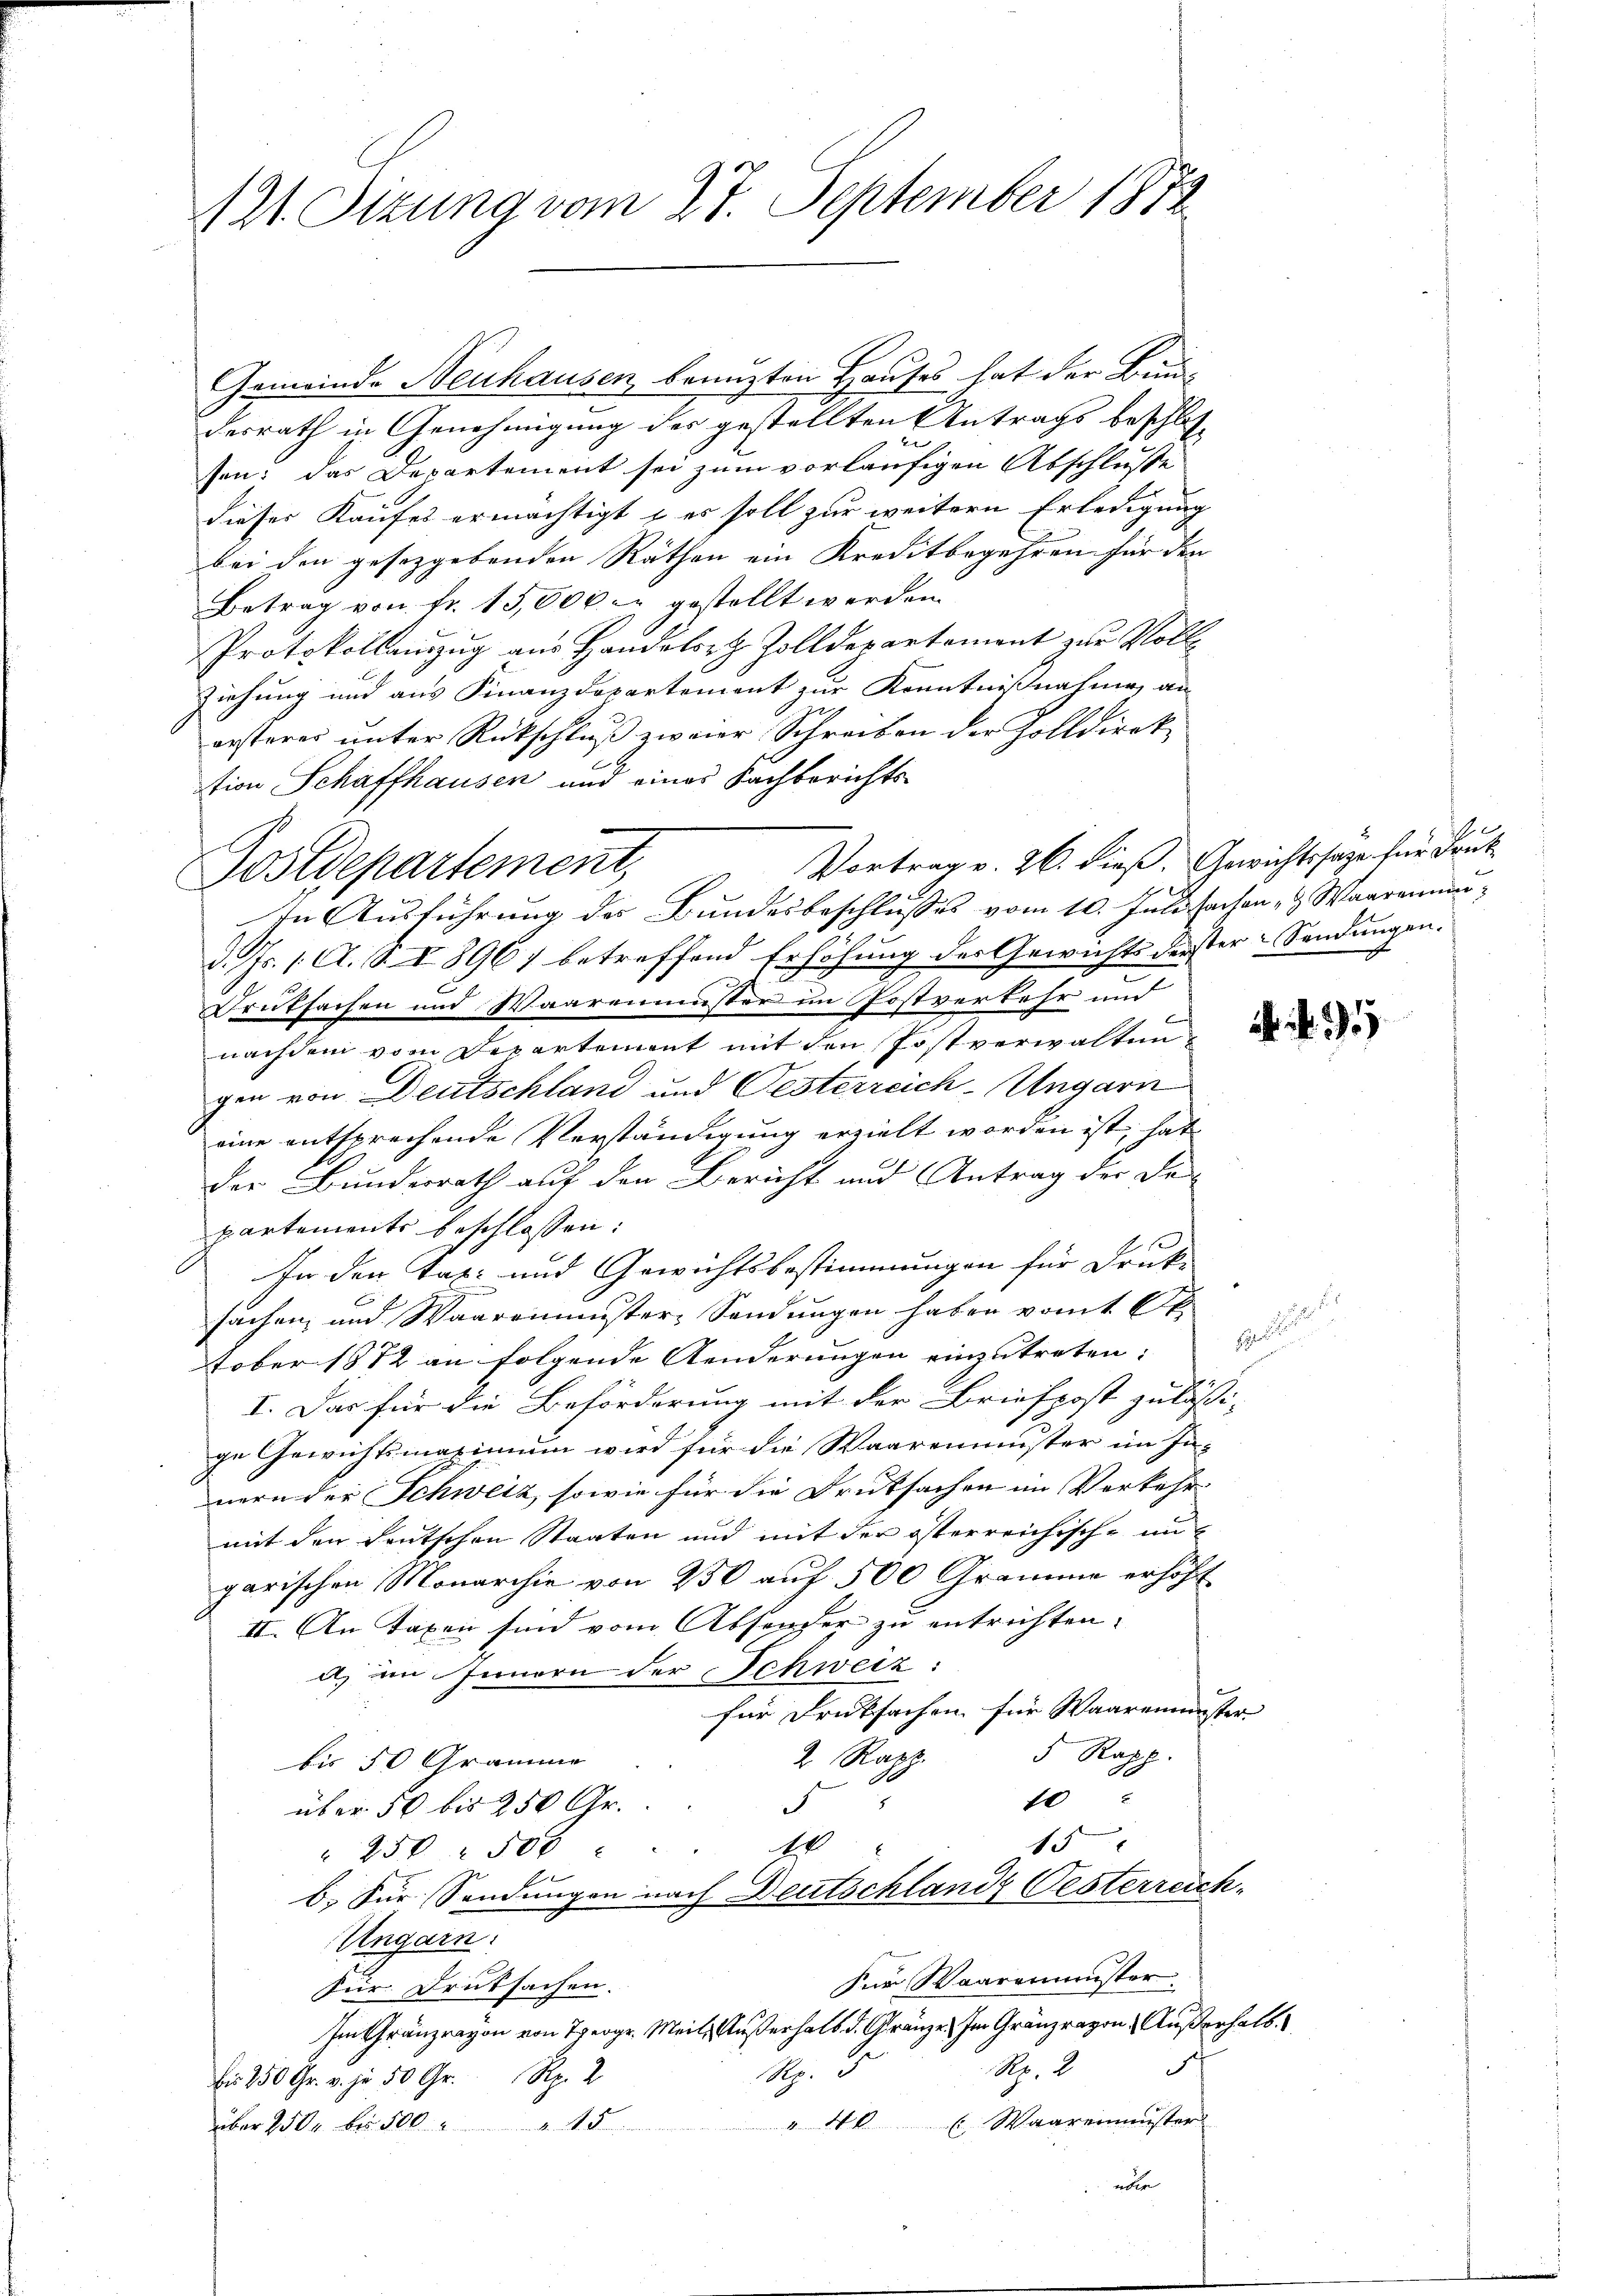
121. Sizung vom 27. September 1872

Gemeinde Neuhausen, benuzten Hauses hat der Bundesrath in Genehmigung des gestellten Antrags beschlost
sen: das Departement sei zum vorläufigen Abschluße
dieser Kaufes ermächtigt & es soll zur weitern Erledigung
bei den gesetzgebenden Räthen ein Kreditbegehren für den
Betrag von Fr. 15,000.- gestellt werden.
Protokollanzug aus Handelst Zolldepartement zur Voll
ziehung und aus Finanzdepartement zur Kenntnißnahme an
orsterer unter Rückschluß zweier Schreiben der Zolldirek
tion Schaffhausen und eines Sachberichts-
Vortrag v. 26. dieß. Gewichtssage für Deut
Postdepartement,
In Ausführung des Bundesbeschlusses vom 10. Juli sachen- & Waarenmand. Js. 1. A. S. I 896) betreffend Erhöhung des Gewichts derster-Sendungen.
Druksachen und Waarenmuster im Postverkehr und
nachdem vom Departement mit den Postverwaltengen von Deutschland und Oesterreich-Ungarn
eine entsprechende Verständigung erzielt worden ist, hat
der Bundesrath auf den Bericht und Antrag der Dr.
partements beschlossen:
s
In den Tas- und Gewichtsbestimmungen für Druck-
sachen, und Waareminister, Sendungen haben vom 1 St.
H
tober 1872 an folgende Aenderungen einzutreten.
I. Das für die Beförderung mit der Briefpost zulässi-
ge Gewichtsmaximum wird für die Waarenmuster im In-
nern der Schweiz, sowie für die Druksachen im Verkehr
mit den deutschen Staaten und mit der österreichische mit
garischen Monarchie von 250 auf 500 Gramme erhöht
II. An Taxen sind vom Absender zu entrichten.
d) im Innern der Schweiz:
für Drucksachen für Waarenmuster
5 Rapp.
2 Rapp
bis 50 Gramme

über 50 bis 250 Gr.
15
A
" 250 - 500
b. Für Sendungen nach Deutschlands Oesterreich-
Ungarn.
Für Waaremmester
Für Deutsachen.
Im Gränzrayon von Theoge, Meile. Außerhals d. Gränze. Im Gränzravon, Außerhalb.
.
S. 2
S. S.
bis 250 Fr. v. je 50 Gr. Rp. 2
"40 ( Waarenmuster
über 250 u. bis 500. 5
 über

.